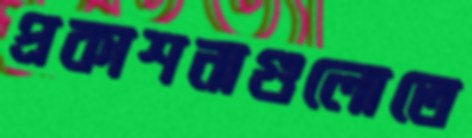
প্রকাশনাগুলোতে